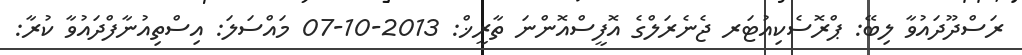
ރަސްދޫދައުވާ ލިބޭ: ޕްރޮސެކިއުޓަރ ޖެނެރަލްގެ އޮފީސްއޮންނަ ތާރީޚް: 2013-10-07 މައްސަލަ: އިސްތިއުނާފްދައުވާ ކުރާ: